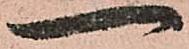
一